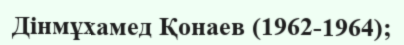
Дінмұхамед Қонаев (1962-1964);